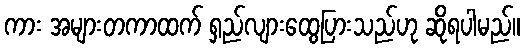
ကား အများတကာထက် ရှည်လျားထွေပြားသည်ဟု ဆိုရပါမည်။